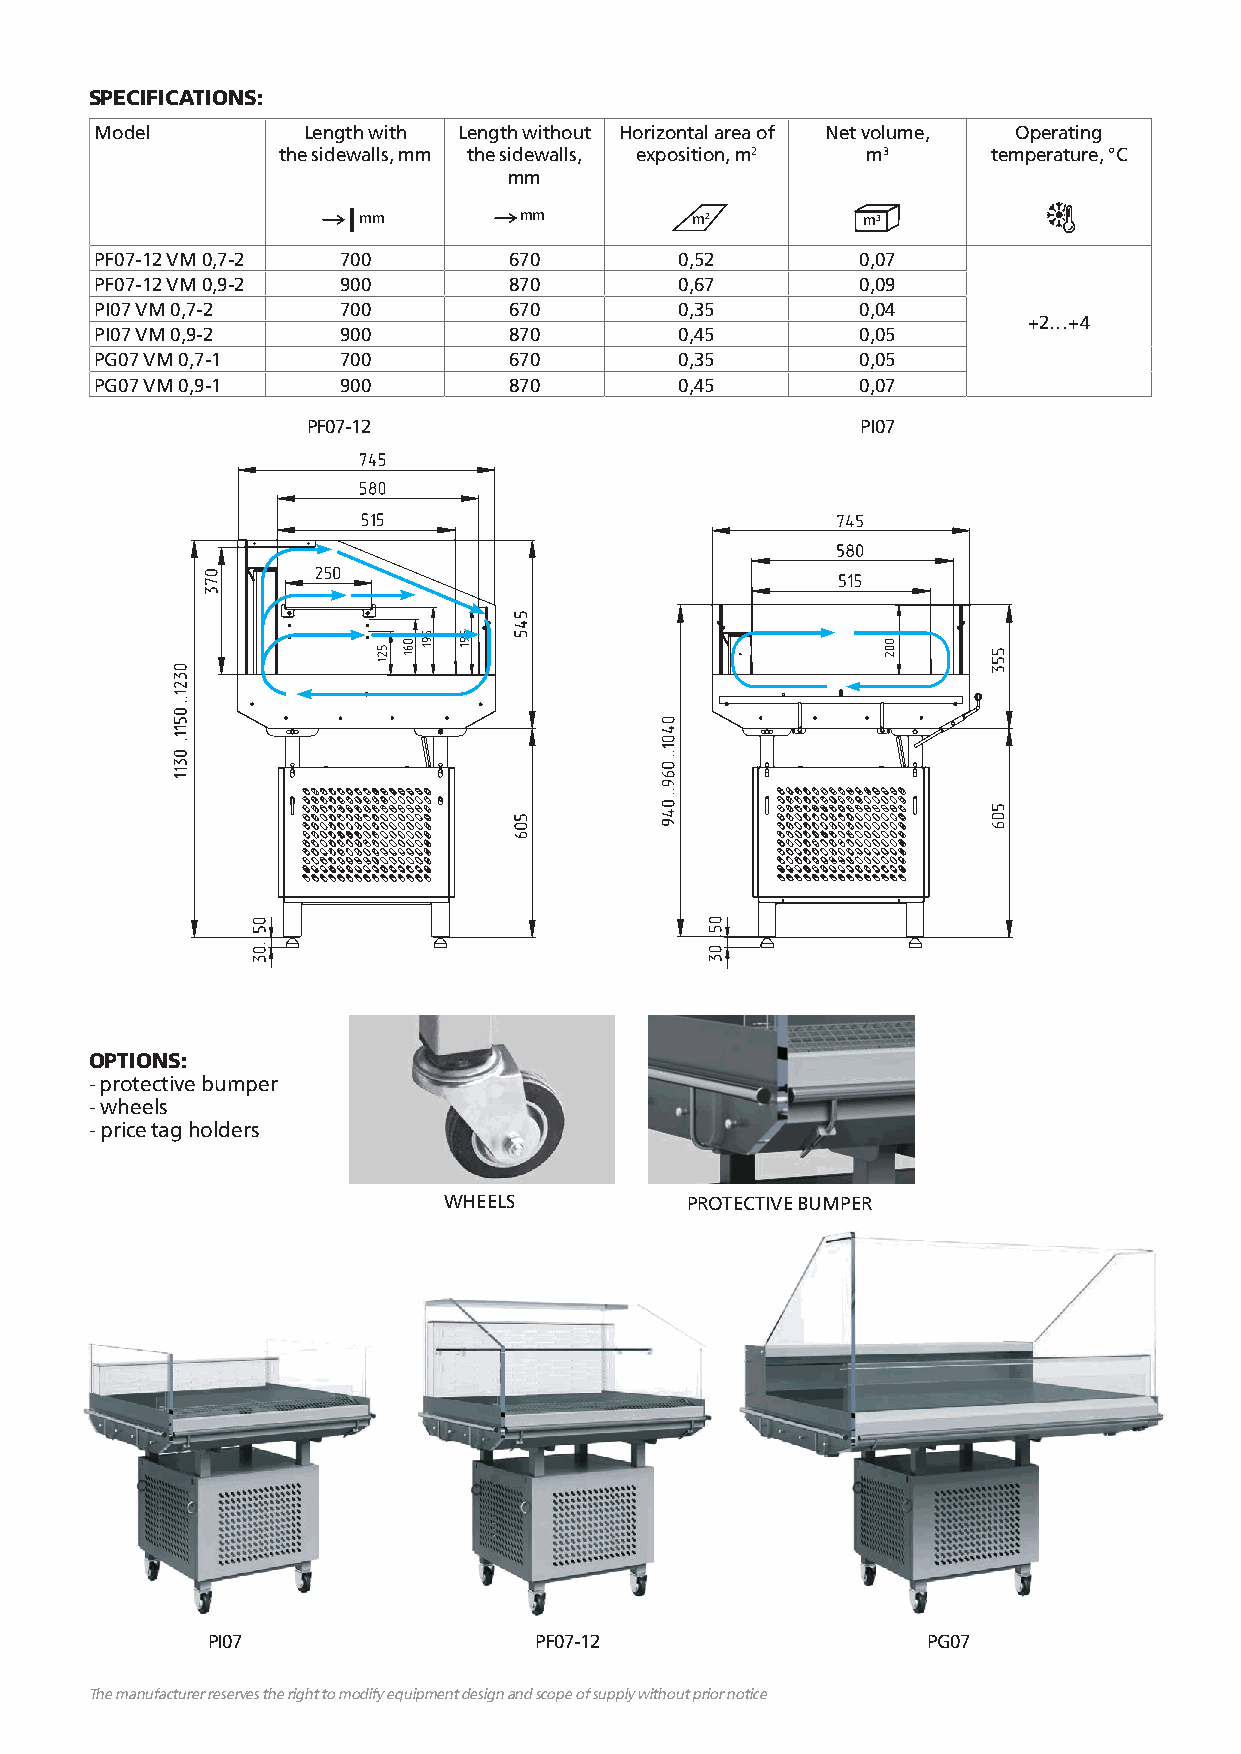
SPECIFICATIONS:
 Model         Length with Length without Horizontal area of Net volume, Operating
 the sidewalls, mm the sidewalls, exposition, m2 m3 temperature, °С
 mm
 mm        mm          m2         m3
 PF07-12 VM 0,7-2 700        670        0,52        0,07
 PF07-12 VM 0,9-2 900        870        0,67        0,09
 PI07 VM 0,7-2   700         670        0,35        0,04
 +2…+4
 PI07 VM 0,9-2   900         870        0,45        0,05
 PG07 VM 0,7-1   700         670        0,35        0,05
 PG07 VM 0,9-1   900         870        0,45        0,07
 PF07-12                              PI07
 OPTIONS:
 - protective bumper
 - wheels
 - price tag holders
 WHEELS          PROTECTIVE BUMPER
 PI07                 PF07-12                   PG07
 The manufacturer reserves the right to modify equipment design and scope of supply without prior notice